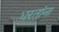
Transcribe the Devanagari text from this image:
धरतांना